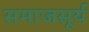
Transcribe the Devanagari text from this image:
समाजसूर्य